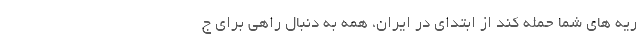
ریه های شما حمله کند از ابتدای در ایران، همه به دنبال راهی برای ج